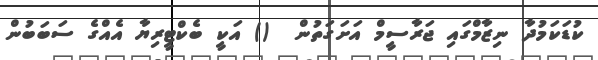
ކުޑަކަމުދާ ނިޒާމްގައި ޖަރާސީމް އަށަގަތުން  () އަކީ ބެކްޓީރިޔާ އެއްގެ ސަބަބުން